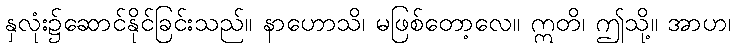
နှလုံး၌ဆောင်နိုင်ခြင်းသည်။ နာဟောသိ၊ မဖြစ်တော့လေ။ ဣတိ၊ ဤသို့။ အာဟ၊